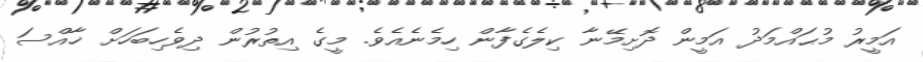
އަމީރު މުޙައްމަދު އަމީން ދޮށިމޭނާ ކިލެގެފާން ހިމެނެއެވެ. މީގެ އިތުރުން ދިވެހިބަހަށް ޚާއްސަ